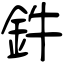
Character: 鈝